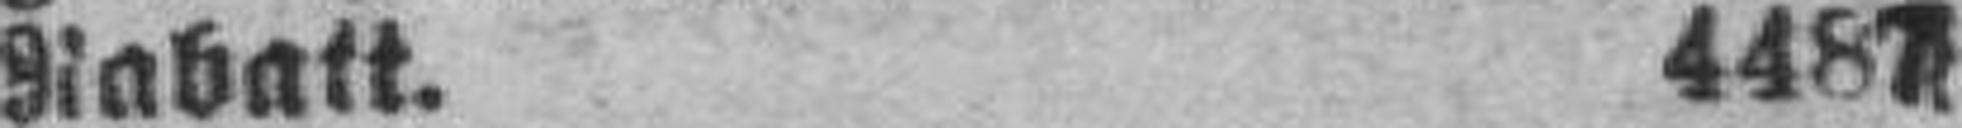
Rabatt. 4487